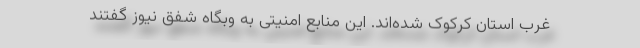
غرب استان کرکوک شده‌اند. این منابع امنیتی به وبگاه شفق نیوز گفتند